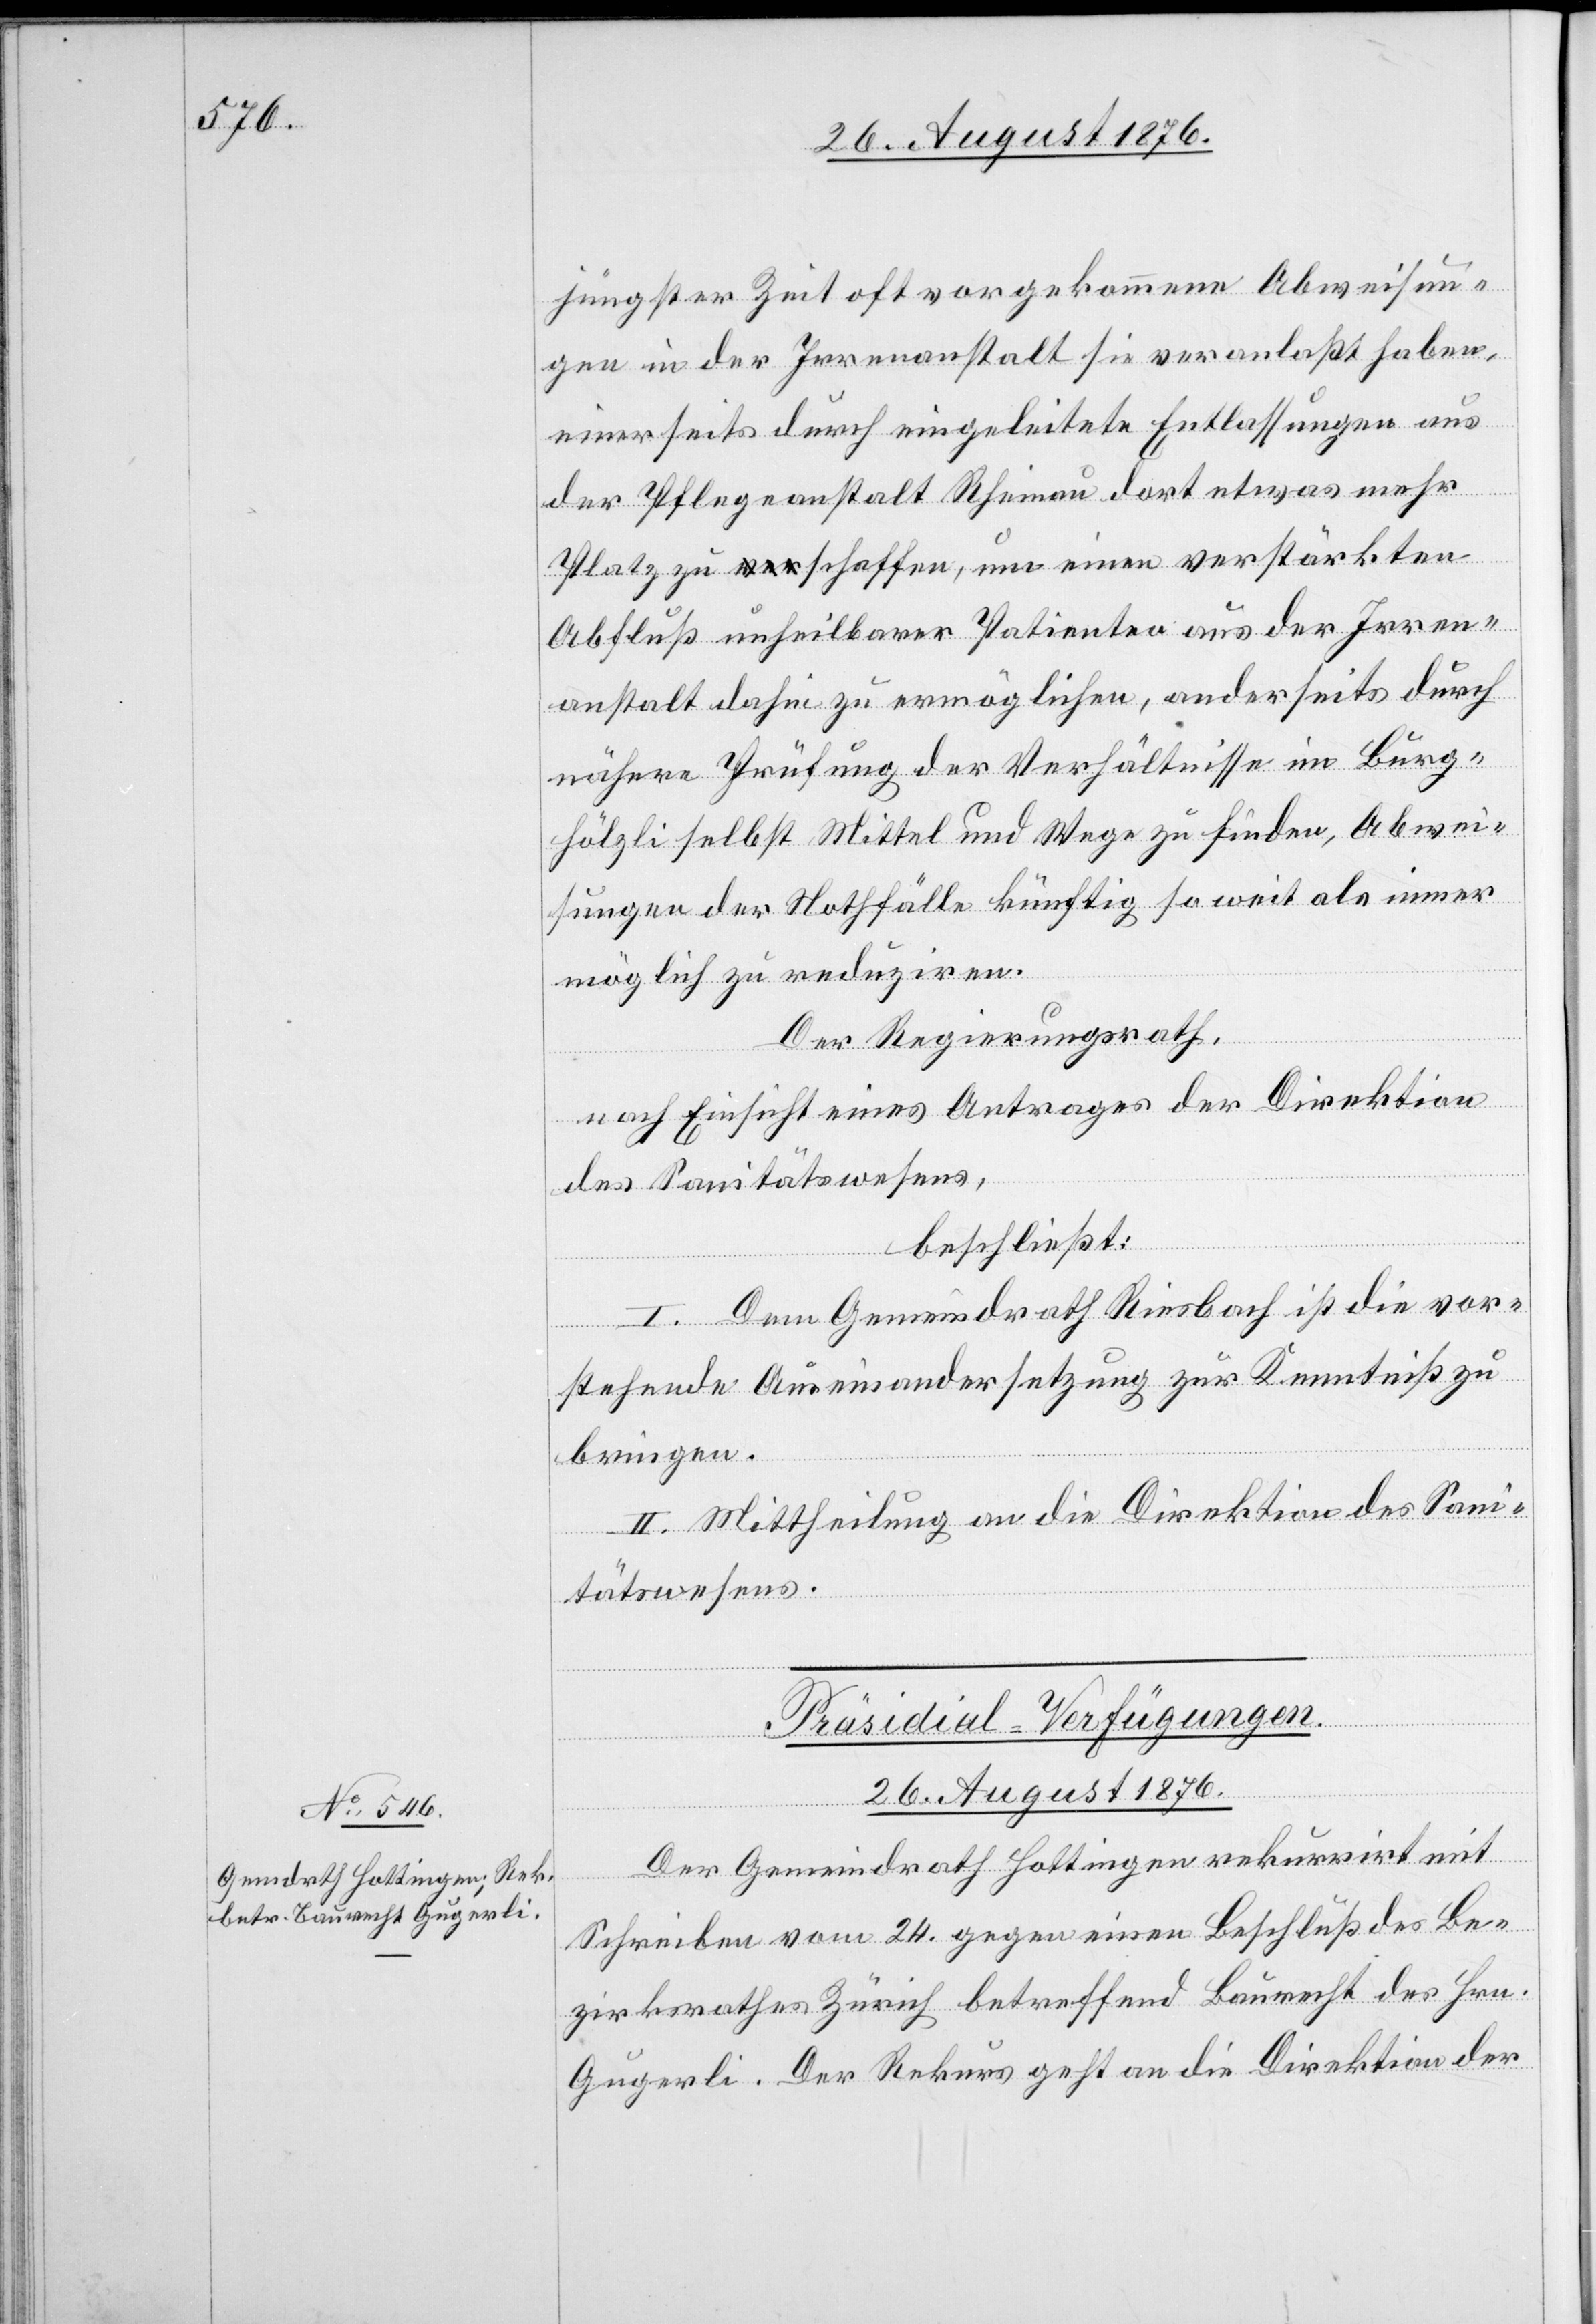
26. August 1876.
jüngster Zeit oft vorgekommene Abweisun¬
gen in der Irrenanstalt sie veranlaßt haben,
einerseits durch eingeleitete Entlassungen aus
der Pflegeanstalt Rheinau dort etwas mehr
Platz zu schaffen, um einen verstärkten
Abfluß unheilbarer Patienten aus der Irren¬
anstalt dahin zu ermöglichen, anderseits durch
nähere Prüfung der Verhältnisse im Burg¬
hölzli selbst Mittel und Wege zu finden, Abwei¬
sungen der Nothfälle künftig so weit als immer
möglich zu reduziren.
Der Regierungsrath,
nach Einsicht eines Antrages der Direktion
des Sanitätswesens,
beschließt:
I. Dem Gemeindrath Riesbach ist die vor¬
stehende Auseinandersetzung zur Kenntniß zu
bringen.
II. Mittheilung an die Direktion des Sani¬
tätswesens.
Präsidial-Verfügungen.
Der Gemeindrath Hottingen rekurrirt mit
Schreiben vom 24. gegen einen Beschluß des Be¬
zirksrathes Zürich betreffend Baurecht des Hrn.
Gugerli. Der Rekurs geht an die Direktion der